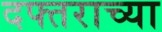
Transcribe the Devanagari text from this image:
दफ्तराच्या